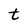
Character: t